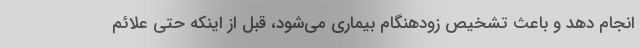
انجام دهد و باعث تشخیص زودهنگام بیماری می‌شود، قبل از اینکه حتی علائم